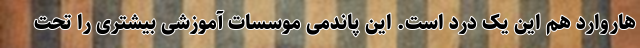
هاروارد هم این یک درد است. این پاندمی موسسات آموزشی بیشتری را تحت